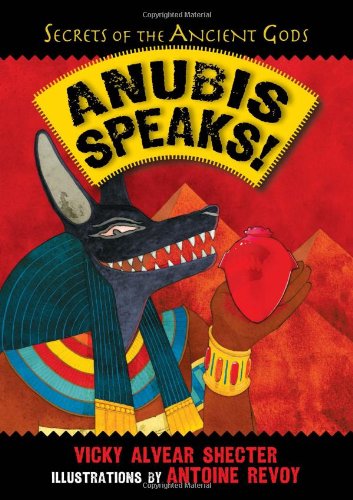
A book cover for Anubis Speaks!: A Guide to the Afterlife by the Egyptian God of the Dead (Secrets of the Ancient Gods); Vicky Alvear Shecter; Children's Books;